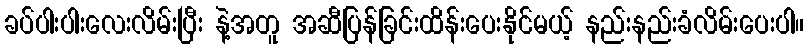
ခပ်ပါးပါးလေးလိမ်းပြီး နဲ့အတူ အဆီပြန်ခြင်းထိန်းပေးနိုင်မယ့် နည်းနည်းခံလိမ်းပေးပါ။